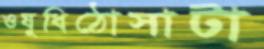
ওষুধিঠোসাটা